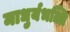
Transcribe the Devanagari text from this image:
माधुर्यभक्ति